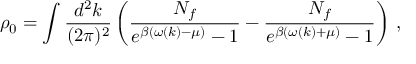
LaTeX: \rho _ { 0 } = \int \frac { d ^ { 2 } k } { ( 2 \pi ) ^ { 2 } } \left( \frac { N _ { f } } { e ^ { \beta ( \omega ( k ) - \mu ) } - 1 } - \frac { N _ { f } } { e ^ { \beta ( \omega ( k ) + \mu ) } - 1 } \right) \, ,